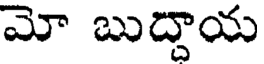
మో బుద్దాయ